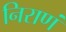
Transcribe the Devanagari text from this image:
निराणं